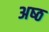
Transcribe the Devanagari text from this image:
अष्‍ठ